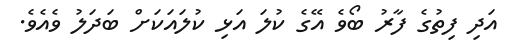
އަދި ފިތުގެ ފާރު ބޯވެ އޭގެ ކުލަ އަޅި ކުލައަކަށް ބަދަލު ވެއެވެ.